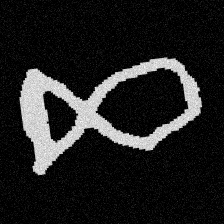
Pyu character \u2014 Myanmar letter: ဆ (romanized: cha)